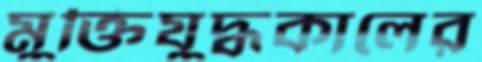
মুক্তিযুদ্ধকালের